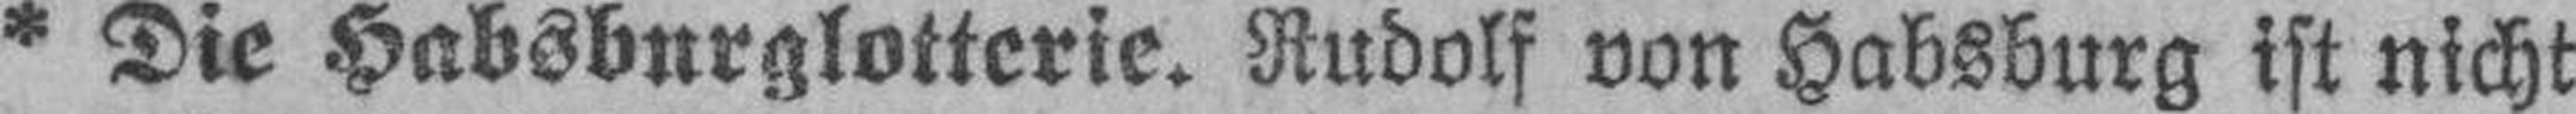
* Die Habsburglotterie. Rudolf von Habsburg ist nicht